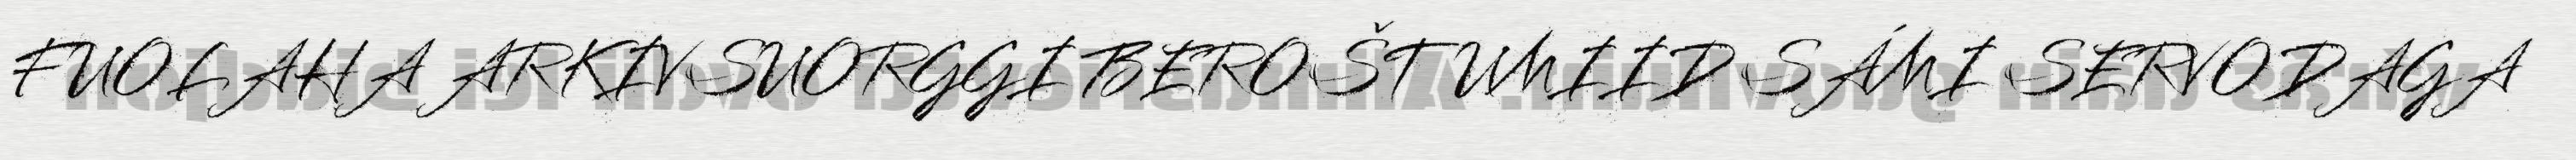
FUOLAHA ARKIVSUORGGI BEROŠTUMIID SÁMI SERVODAGA